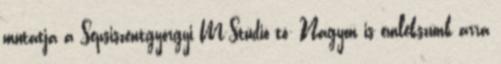
mutatja a Sepsiszentgyörgyi M-Stúdió tö- Nagyon is emlékszünk arra